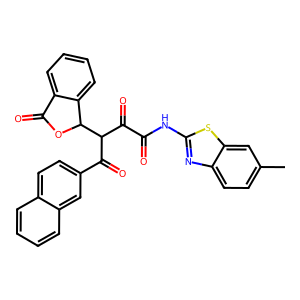
SMILES: Cc1ccc2nc(NC(=O)C(=O)C(C(=O)c3ccc4ccccc4c3)C3OC(=O)c4ccccc43)sc2c1
Inhibits HIV replication: No